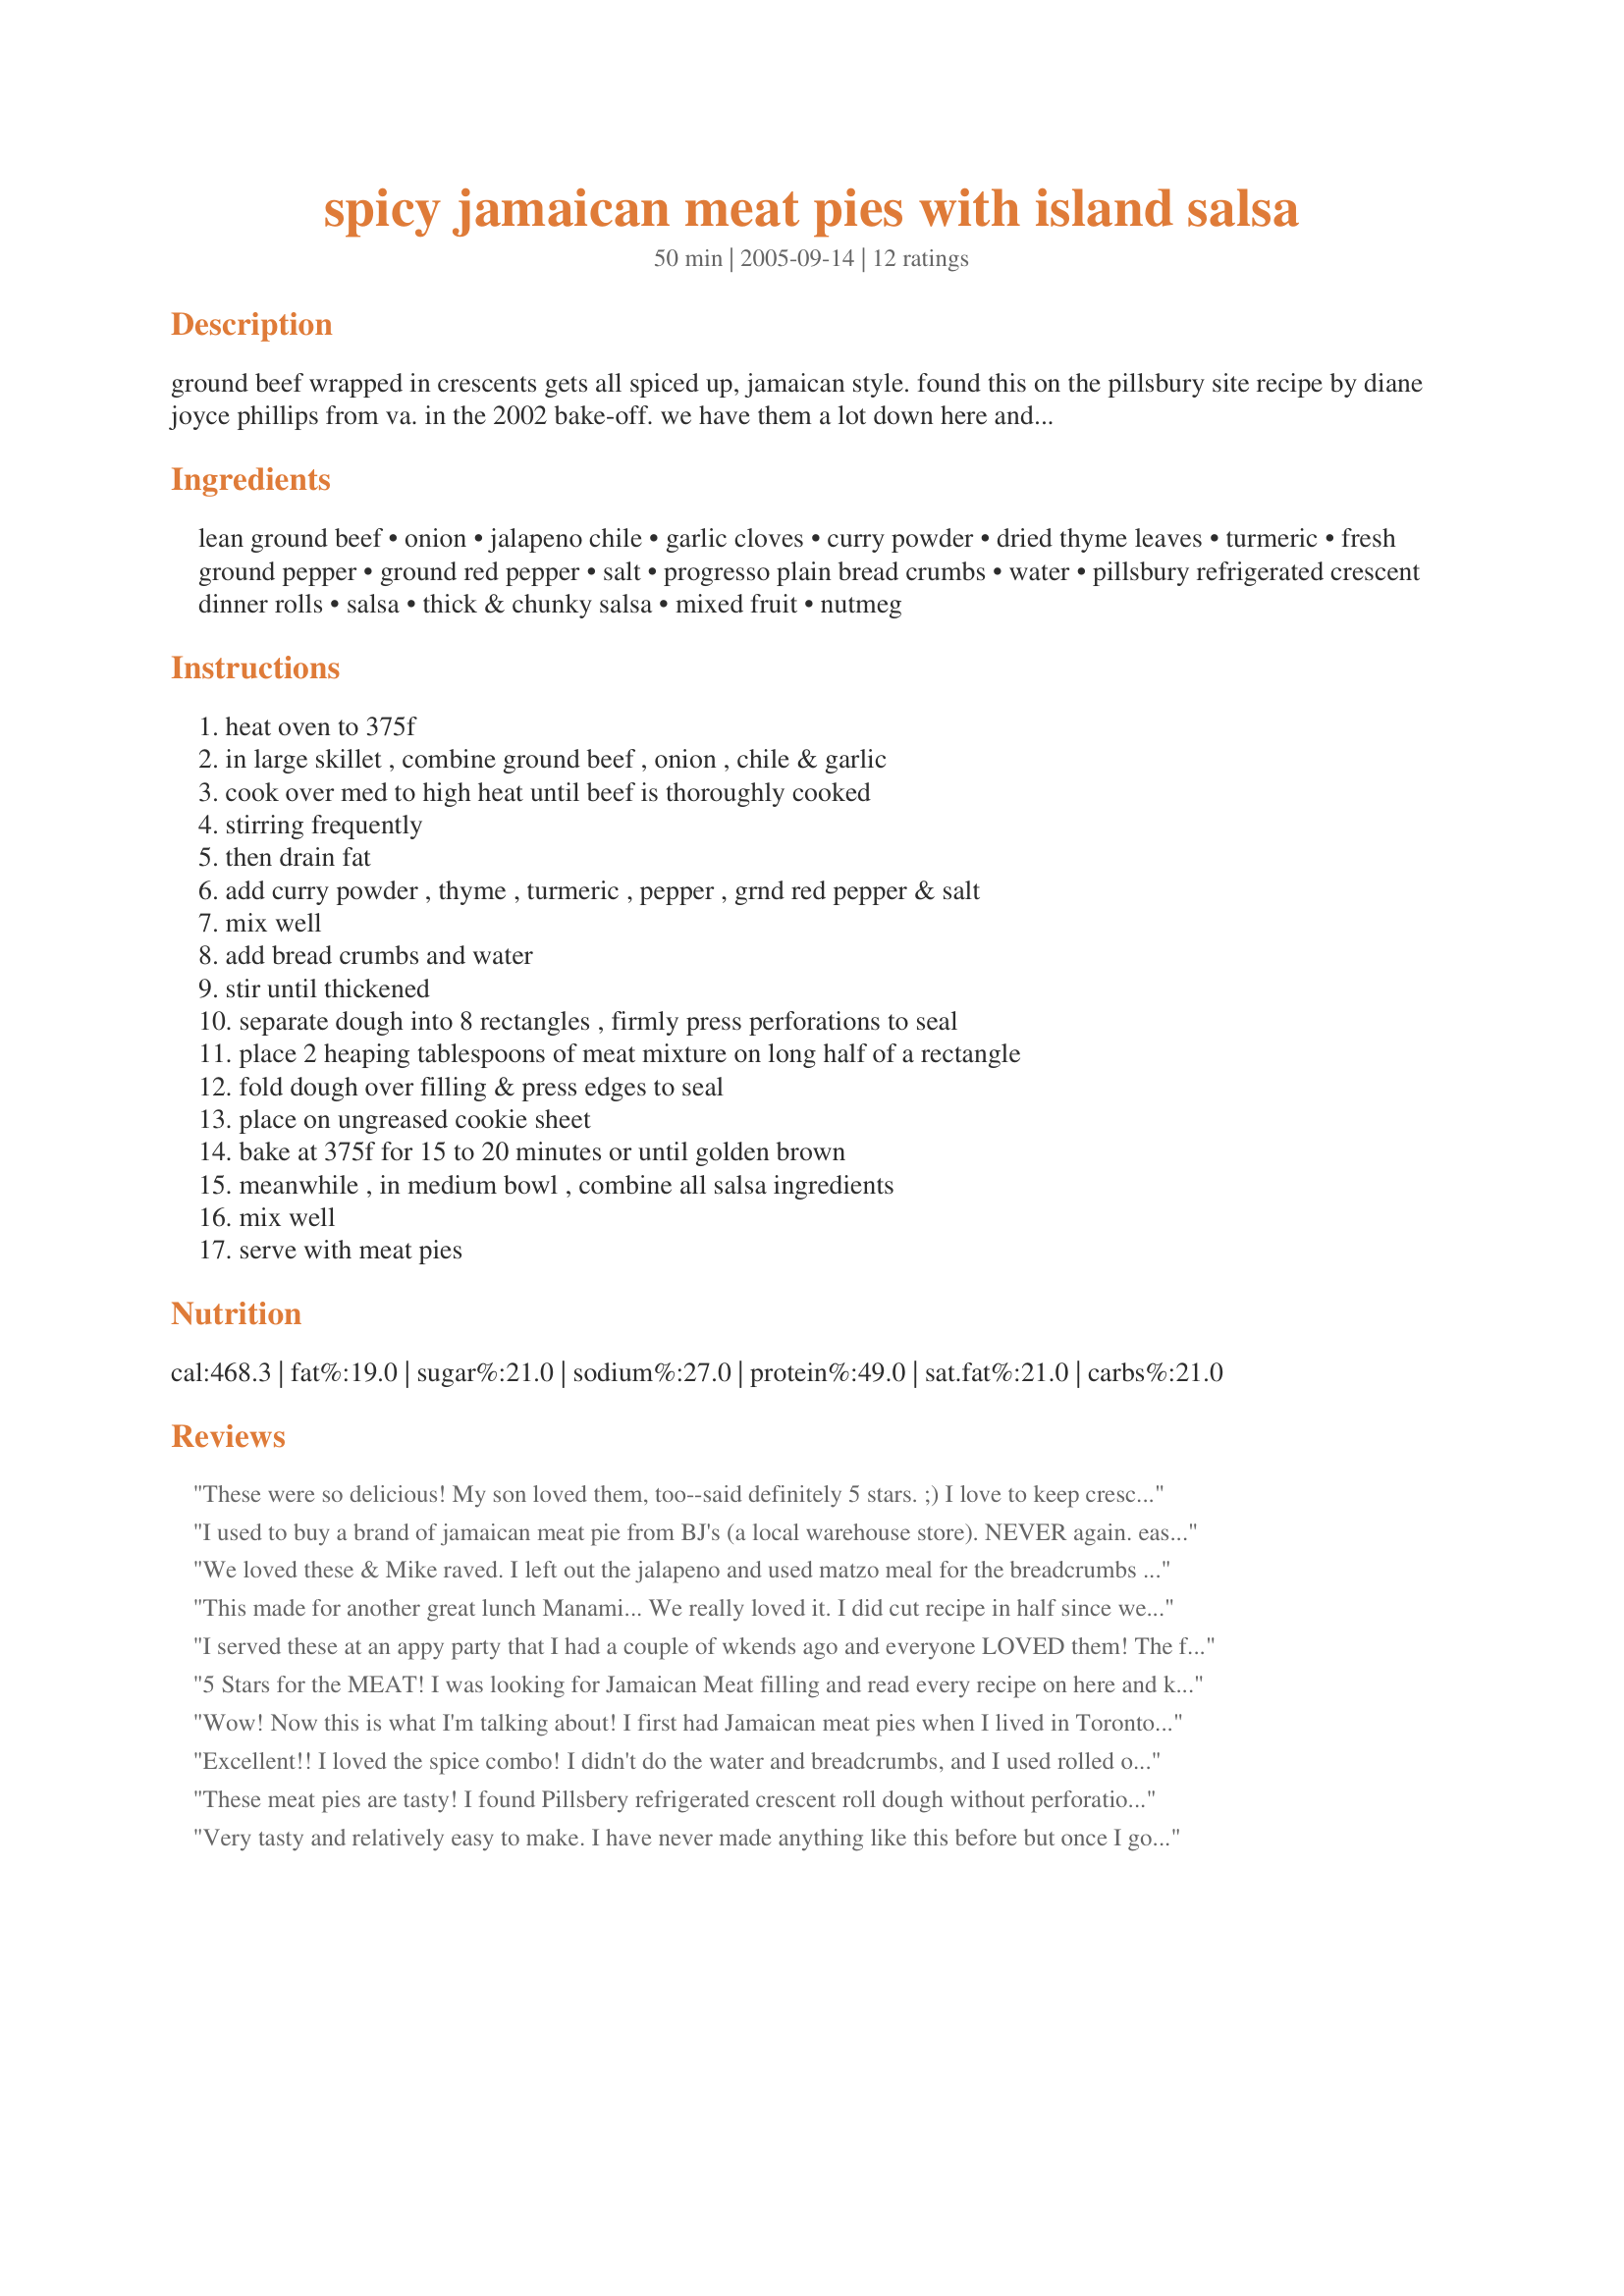
spicy jamaican meat pies with island salsa
Preparation time: 50 minutes

ground beef wrapped in crescents gets all spiced up, jamaican style. found this on the pillsbury site recipe by diane joyce phillips from va. in the 2002 bake-off. we have them a lot down here and i like this crust better - no lard ! this is my first recipe i am at your mercy !

Ingredients:
lean ground beef, onion, jalapeno chile, garlic cloves, curry powder, dried thyme leaves, turmeric, fresh ground pepper, ground red pepper, salt, progresso plain bread crumbs, water, pillsbury refrigerated crescent dinner rolls, salsa, thick & chunky salsa, mixed fruit, nutmeg

Steps:
heat oven to 375f, in large skillet , combine ground beef , onion , chile & garlic, cook over med to high heat until beef is thoroughly cooked, stirring frequently, then drain fat, add curry powder , thyme , turmeric , pepper , grnd red pepper & salt, mix well, add bread crumbs and water, stir until thickened, separate dough into 8 rectangles , firmly press perforations to seal, place 2 heaping tablespoons of meat mixture on long half of a rectangle, fold dough over filling & press edges to seal, place on ungreased cookie sheet, bake at 375f for 15 to 20 minutes or until golden brown, meanwhile , in medium bowl , combine all salsa ingredients, mix well, serve with meat pies

Reviews:
These were so delicious! My son loved them, too--said definitely 5 stars. ;) I love to keep crescent rolls on hand for quick appetizers, etc., and this recipe is definitely one to keep handy for making again. I used ground turkey, rather than beef; 1.2 pounds of meat actually filled 3 cans of rolls nicely. I was a bit confused since the yield didn't match the ingredient list or instructions for the crescent rolls, so I checked the Pillsbury site. Calls for 2 cans, as you did. But I agree with your serving size, as the meat (although I did have a bit extra) will fill 12 squares. The tropical salsa was quite nice, too, for a "quickie" (I did use a different brand of salsa). I think these will freeze well, too. Thanks for posting this easy, but so tasty, recipe, Diane!
I used to buy a brand of jamaican meat pie from BJ's (a local warehouse store). NEVER again.
easy to make and I like that I can have beef,chicken,pork,ham, whatever. I have made these using chicken, pork, and beef so far. the beef are the best. I did not change anything else just the type of meat.
We loved these & Mike raved. I left out the jalapeno and used matzo meal for the breadcrumbs and had to use a little more water to get it to the right consistency. I made the meat hours b4 I needed it and refrigerated it. This makes it very easy for a weeknight meal or, like tonight, when DH has to work till 9pm. I tried different ways of rolling them to see what worked best. If you use a Tbsp of the meat and roll into one cresent roll (like you would pig in the blanket) it would be great for a cocktail party. I used exactly a pound of meat here and had exactly enough meat to make the 8 pieces. The salsa was great too and went well with the plantain chips I served on the side. All in all, a great easy dish. Thanks for posting it.
This made for another great lunch Manami... We really loved it. I did cut recipe in half since we were just two. I only had the Progresso Italian breadcrumbs so I used that but I don't think that made a big difference. But I did find I needed to add a little more water than stated. The flavor of the meat mixture was so yummy !! And the taste of the salsa was absolutely delicious. These were very filling little things. I loved the Pillsbury Crescent rolls, they were just so flaky with this dish. Thanks for sharing a great recipe Manami....I will be having these again. We loved them.
I served these at an appy party that I had a couple of wkends ago and everyone LOVED them! The flavor was fabulous, and they were SO easy to make!!! I made mini ones by cutting the squares in half. Thank you so much for posting this! I will definitely be making these again!

5 Stars for the MEAT! I was looking for Jamaican Meat filling and read every recipe on here and kept coming back to this one because we like it hot. Glad I did! However, I wrapped my meat in a flour tortilla, brushed with EVVO and baked it. Mexican-Jamaican fusion if you will. I had leftover chicken broth and coconut milk so I used it in place of the water and added 2 tbs. of Sofrito. I also served mine with cucumber sauce. The recipe is awesome as posted. I only made additions to use little odds and ends I had in my fridge. It worked out perfectly. Great meat filling for all sorts of things...lettuce wraps come to mind as well. Thanks!
Wow! Now this is what I'm talking about! I first had Jamaican meat pies when I lived in Toronto and the frozen ones seem impossible to get here in Nebraska. All the recipes look so complicated but I like that these are made with pre-made dough! I can't wait to try them!
Excellent!! I loved the spice combo! I didn't do the water and breadcrumbs, and I used rolled out Pillsbury Grands Biscuits. I also mixed mango chutney and salsa for the dipping sauce. Super awesome! Thanks for this naughty little pouch of goodness ;)
These meat pies are tasty! I found Pillsbery refrigerated crescent roll dough without perforations so I was able to cut the dough into the desired shape and size. I served them with grilled pineapple. I will definately prepare these again.
Very tasty and relatively easy to make. I have never made anything like this before but once I got going it was pretty straight forward. I followed the recipe exactly up to the point of baking. I decided to freeze them, which turned out to be a good idea for later use as an appetizer for Thanksgiving. All I did was fill each one and put them all on a freezer tray. Once frozen, I popped them into a freezer bag and took them out to thaw the morning I intended to cook them. They were very flavourful and served with salsa and sour cream were lovely ! Thank you so much for a recipe I can use over and over !
wow wow wow I'm not sure if I goofed on the cayenne or not, these were good, but wow they were hot!!! I only had one can of crescent rolls, so I had half filling left, so to use it up I cut pita bread in half, put a layer of the meat and topped them off with tomato slices, cucumber and lettuce, kinda like a burger, the veggies cooled it down some. And what was left after that I hollowed out a couple of bunds and filled them to freeze, also froze some the crescent roll pies. We did like them, especially as a burger, but another time I will cut back some on the "hot" stuff.
Thanks for posting. Forgot to say I used beef burger.
Simply wonderful! I made (most of) these as directed and they were fantastic! I have to admit that I forgot to add the bread-crumb mixture until I had half of the rolls stuffed, but ALL of them were delicious. The goofs were just a little messier, but just as tasty! Great recipe, a definite keeper!
